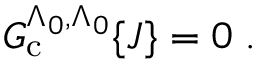
{ \cal { G } } _ { \mathrm { c } } ^ { \Lambda _ { 0 } , \Lambda _ { 0 } } \{ J \} = 0 \; .